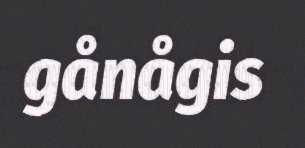
gånågis